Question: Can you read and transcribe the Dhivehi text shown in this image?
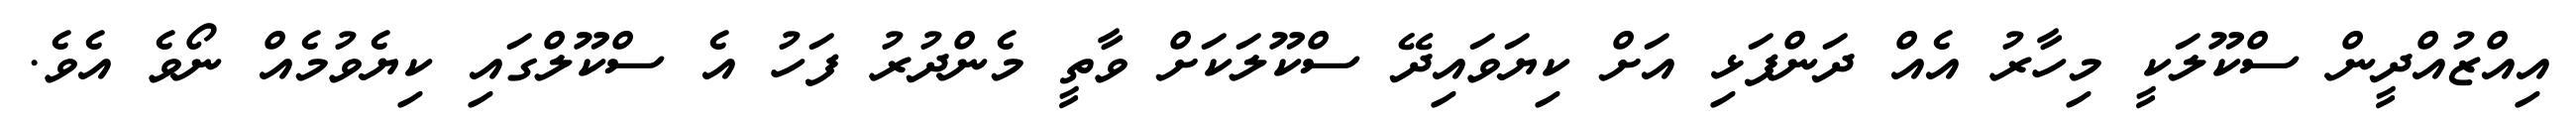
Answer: އިއްޒުއްދީން ސްކޫލަކީ މިހާރު އެއް ދަންފަޅި އަށް ކިޔަވައިދޭ ސްކޫލަކަށް ވާތީ މެންދުރު ފަހު އެ ސްކޫލްގައި ކިޔެވުމެއް ނޯވެ އެވެ.